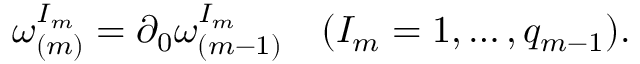
\omega _ { ( m ) } ^ { I _ { m } } = \partial _ { 0 } \omega _ { ( m - 1 ) } ^ { I _ { m } } \quad ( I _ { m } = 1 , \ldots , q _ { m - 1 } ) .